Leprosy in India: report of the Leprosy Commission in India, 1890-91
Year: 1890
Disease focus: Leprosy
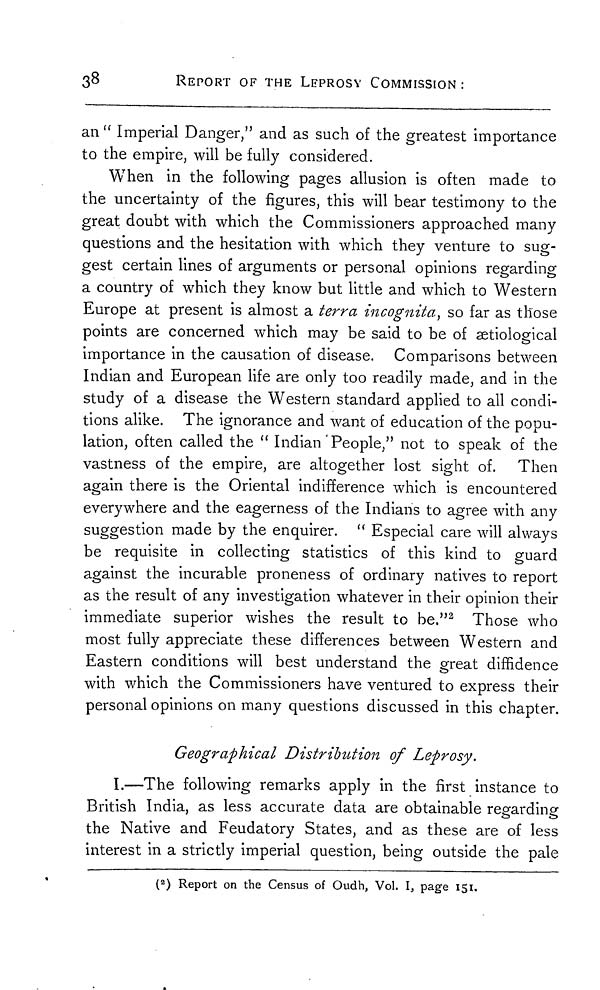
38
REPORT OF THE LEPROSY COMMISSION :
an " Imperial Danger," and as such of the greatest importance
to the empire, will be fully considered.
When in the following pages allusion is often made to
the uncertainty of the figures, this will bear testimony to the
great doubt with which the Commissioners approached many
questions and the hesitation with which they venture to sug-
gest certain lines of arguments or personal opinions regarding
a country of which they know but little and which to Western
Europe at present is almost a terra incognita, so far as those
points are concerned which may be said to be of setiological
importance in the causation of disease. Comparisons between
Indian and European life are only too readily made, and in the
study of a disease the Western standard applied to all condi-
tions alike. The ignorance and want of education of the popu-
lation, often called the " Indian People," not to speak of the
vastness of the empire, are altogether lost sight of. Then
again there is the Oriental indifference which is encountered
everywhere and the eagerness of the Indians to agree with any
suggestion made by the enquirer. " Especial care will always
be requisite in collecting statistics of this kind to guard
against the incurable proneness of ordinary natives to report
as the result of any investigation whatever in their opinion their
immediate superior wishes the result to be." 2 Those who
most fully appreciate these differences between Western and
Eastern conditions will best understand the great diffidence
with which the Commissioners have ventured to express their
personal opinions on many questions discussed in this chapter.
Geographical Distribution of Leprosy.
I.—The following remarks apply in the first instance to
British India, as less accurate data are obtainable regarding
the Native and Feudatory States, and as these are of less
interest in a strictly imperial question, being outside the pale
( 2 ) Report on the Census of Oudh, Vol. I, page 151.